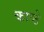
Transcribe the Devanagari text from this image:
काष्ठे